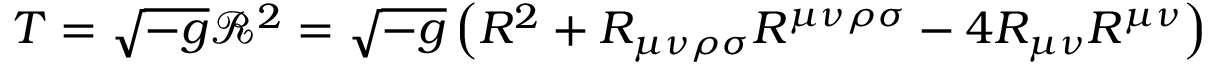
T = { \sqrt { - g } } { \mathcal { R } } ^ { 2 } = { \sqrt { - g } } \left( R ^ { 2 } + R _ { \mu \nu \rho \sigma } R ^ { \mu \nu \rho \sigma } - 4 R _ { \mu \nu } R ^ { \mu \nu } \right)